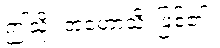
ဤသို့။ အဟောသိ၊ ဖြစ်၏။